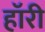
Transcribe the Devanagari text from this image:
हॉरी